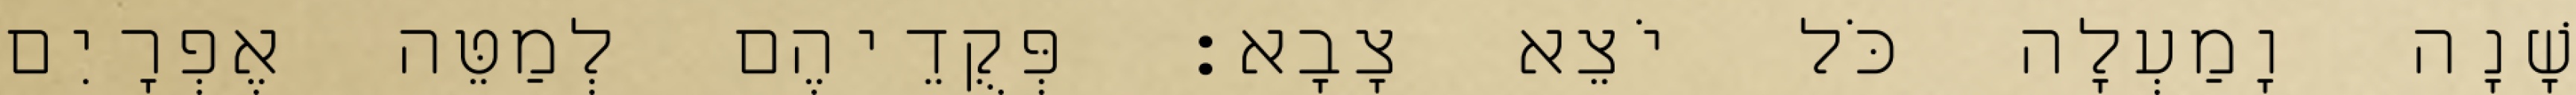
שָׁנָה וָמַעְלָה כֹּל יֹצֵא צָבָא׃ פְּקֻדֵיהֶם לְמַטֵּה אֶפְרָיִם